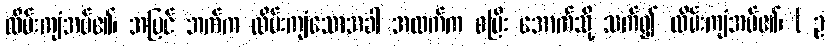
လိမ်းကျံအပ်၏၊ အပြင် ဘက်က လိမ်းကျံသောအခါ အထက်က စပြီး အောက်သို့ သက်၍ လိမ်းကျံအပ်၏၊ ( ဥ